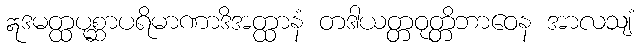
ဣဒမတ္ထပုစ္ဆာပရိမာဏာဒိအတ္ထာနံ တဒါယတ္တဝုတ္တိဘာဝေန အာလသျံ